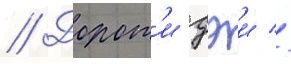
// Дорот'и дэи //